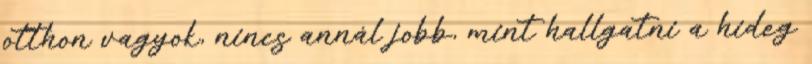
otthon vagyok, nincs annál jobb, mint hallgatni a hideg